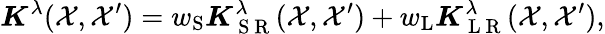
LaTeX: \boldsymbol{K}^{\lambda}(\mathcal{X},\mathcal{X}^{\prime})=w_{\mathrm{S}}\boldsymbol{K}_{\mathrm{~S~R~}}^{\lambda}(\mathcal{X},\mathcal{X}^{\prime})+w_{\mathrm{L}}\boldsymbol{K}_{\mathrm{~L~R~}}^{\lambda}(\mathcal{X},\mathcal{X}^{\prime}),